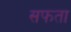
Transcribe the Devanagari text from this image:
सफता